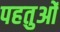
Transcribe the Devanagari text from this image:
पहतुओं